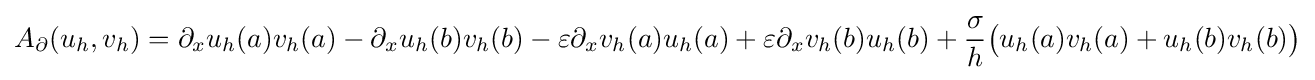
A_{\partial }(u_{h},v_{h})=\partial _{x}u_{h}(a)v_{h}(a)-\partial _{x}u_{h}(b)v_{h}(b)-\varepsilon \partial _{x}v_{h}(a)u_{h}(a)+\varepsilon \partial _{x}v_{h}(b)u_{h}(b)+{\frac {\sigma }{h}}{\big (}u_{h}(a)v_{h}(a)+u_{h}(b)v_{h}(b){\big )}